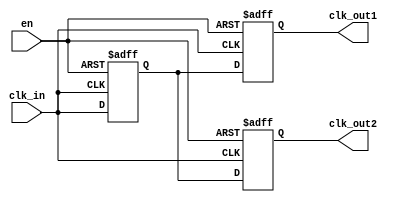
module basic_clock_buffer (
    input wire clk_in,      // Clock input
    input wire en,         // Enable signal
    output reg clk_out1,   // First clock output
    output reg clk_out2    // Second clock output (if needed)
);

    // Internal signal to hold the buffered clock
    reg clk_buffer;

    // Clock buffer logic
    always @(posedge clk_in or negedge en) begin
        if (!en) begin
            // If disabled, hold outputs low
            clk_buffer <= 1'b0;
            clk_out1 <= 1'b0;
            clk_out2 <= 1'b0;
        end else begin
            // Buffer the clock signal
            clk_buffer <= clk_in;
            clk_out1 <= clk_buffer;
            clk_out2 <= clk_buffer; // Replicate for additional outputs
        end
    end

endmodule